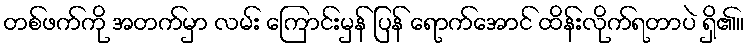
တစ်ဖက်ကို အတက်မှာ လမ်း ကြောင်းမှန် ပြန် ရောက်အောင် ထိန်းလိုက်ရတာပဲ ရှိ၏။